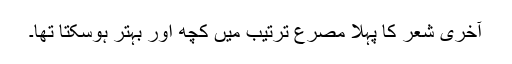
آخری شعر کا پہلا مصرع ترتیب میں کچھ اور بہتر ہوسکتا تھا۔